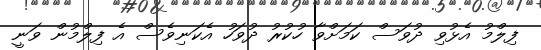
ފިލްމު އެޅުވި ދުވަސް ކަމަށްވާ ހުކުރު ދުވަހު އެކަނިވެސް އެ ފިލްމުން ވަނީ